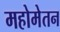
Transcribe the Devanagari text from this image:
महोमेतन